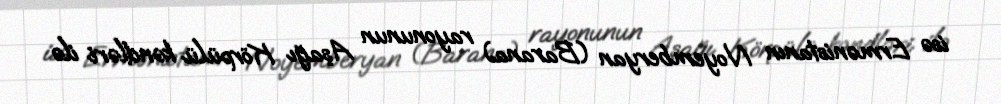
isə Ermənistanın Noyemberyan (Barana) rayonunun Aşağı Körpülü kəndləri ilə